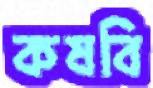
কষবি